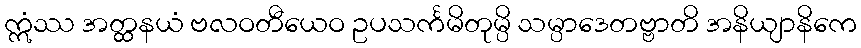
ဣံဿ အတ္ထနယံ ဗလဝတီယေဝ ဥပသင်္ကမိတုမ္ပိ သမ္ပာဒေတဗ္ဗာတိ အနိယျာနိကေ